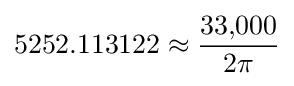
5252.113122\approx {\frac {33,\!000}{2\pi }}